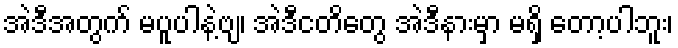
အဲဒီအတွက် မပူပါနဲ့ဗျ၊ အဲဒီငတိတွေ အဲဒီနားမှာ မရှိ တော့ပါဘူး၊